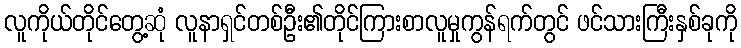
လူကိုယ်တိုင်တွေ့ဆုံ လူနာရှင်တစ်ဦး၏တိုင်ကြားစာလူမှုကွန်ရက်တွင် ဖင်သားကြီးနှစ်ခုကို